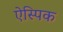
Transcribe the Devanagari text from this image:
ऐस्पिक